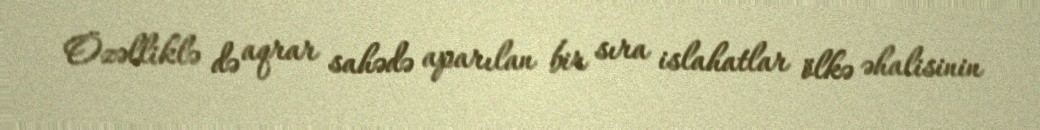
Özəlliklə də aqrar sahədə aparılan bir sıra islahatlar ölkə əhalisinin